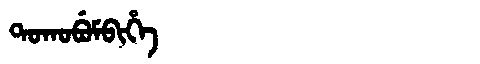
Manchu: ᡨᠣᡴᠣᠪᡠᠮᠪᡳᡥᡝ
Romanization: TOKOBUMBIHE